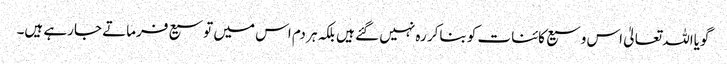
گویااللہ تعالیٰ اس وسیع کائنات کو بناکر رہ نہیں گئے ہیں بلکہ ہر دم اس میں توسیع فرماتے جارہے ہیں۔